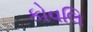
કોવલિ